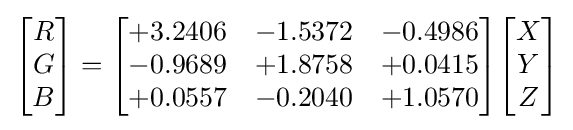
{\begin{bmatrix}R\\G\\B\end{bmatrix}}={\begin{bmatrix}+3.2406&-1.5372&-0.4986\\-0.9689&+1.8758&+0.0415\\+0.0557&-0.2040&+1.0570\end{bmatrix}}{\begin{bmatrix}X\\Y\\Z\end{bmatrix}}